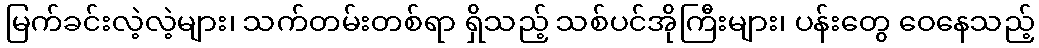
မြက်ခင်းလဲ့လဲ့များ၊ သက်တမ်းတစ်ရာ ရှိသည့် သစ်ပင်အိုကြီးများ၊ ပန်းတွေ ဝေနေသည့်